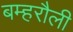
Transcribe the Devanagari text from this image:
बम्हरौली